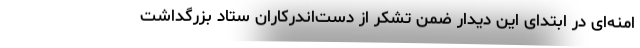
امنه‌ای در ابتدای این دیدار ضمن تشکر از دست‌اندرکاران ستاد بزرگداشت